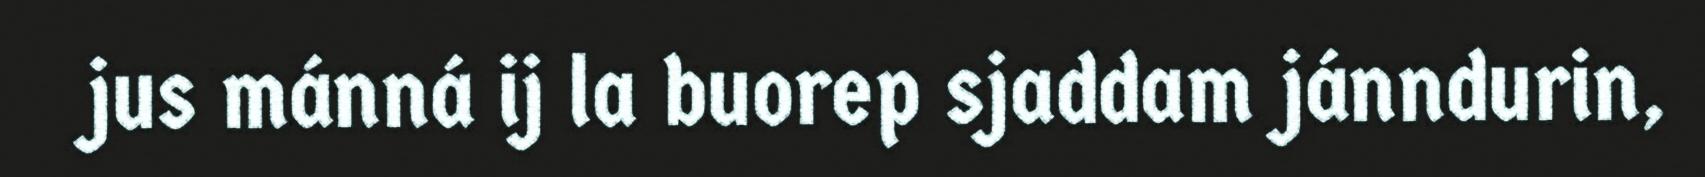
jus mánná ij la buorep sjaddam jánndurin,